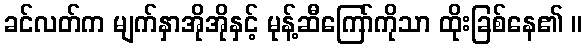
ခင်လတ်က မျက်နှာအိုအိုနှင့် မုန့်ဆီကြော်ကိုသာ ထိုးခြစ်နေ၏ ။